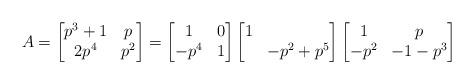
LaTeX: \begin{align*} A = \begin{bmatrix} p^3 + 1 & p \\ 2 p^4 & p^2 \end{bmatrix} = \begin{bmatrix} 1 & 0 \\ -p^4 & 1 \end{bmatrix} \begin{bmatrix} 1 & \\ & - p^2 + p^5 \end{bmatrix} \begin{bmatrix} 1 & p \\ -p^2 & -1 - p^3 \end{bmatrix} \end{align*}